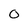
Character: O